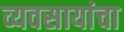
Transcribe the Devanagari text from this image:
व्यवसायांचा